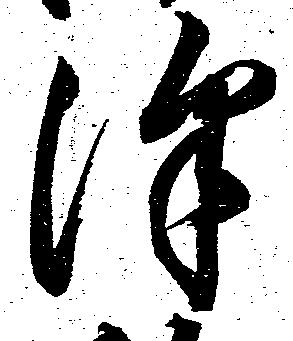
沢